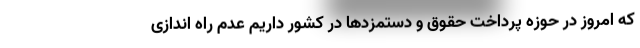
که امروز در حوزه پرداخت حقوق و دستمزدها در کشور داریم عدم راه اندازی